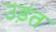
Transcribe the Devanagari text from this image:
उड़ंत